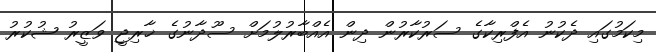
މިކަމުގައި ދެކުނު އެފްރިކާގެ ސަރުކާރުން ދިން އެއްބާރުލުމަށް ސޫދާނުގެ ޚާރިޖީ ވަޒީރު ޝުކުރު